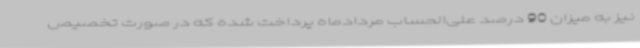
نیز به میزان 90 درصد علی‌الحساب مردادماه پرداخت شده که در صورت تخصیص